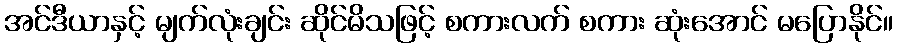
အင်ဒီယာနှင့် မျက်လုံးချင်း ဆိုင်မိသဖြင့် စကားလက် စကား ဆုံးအောင် မပြောနိုင်။